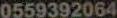
0559392064